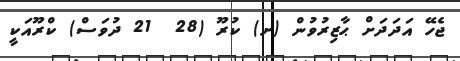
ޖެހޭ އަދަދަށް ޙާޒިރުވުން (ށ) ކުރޫ (28  21 ދުވަސް) ކްރޫއަކީ